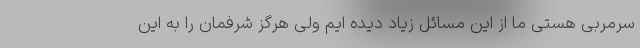
سرمربی هستی ما از این مسائل زیاد دیده ایم ولی هرگز شرفمان را به این